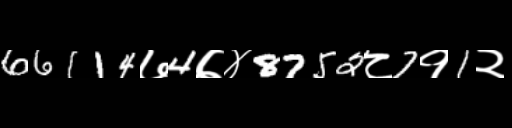
Text: 66114७4७४8752८7१1२